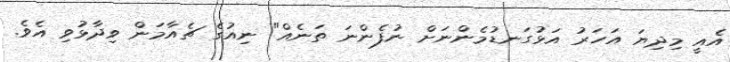
އެއީ މިދިޔަ އަހަރު އަޅުގަނޑުމެންނަށް ނުފެންނަ ތަނެއް" ނިއުގެ ޗެއާމަން ވިދާޅުވި އެވެ.